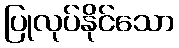
ပြုလုပ်နိုင်သော